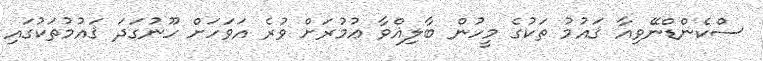
ސްކެންޑްނޭވިއާ ޤައުމު ތަކުގެ މީހުން ބާލިޣްވާ ޢުމުރަށް ވުރެ އަވަހަށް ހޫނުގަދަ ޤައުމުތަކުގައި